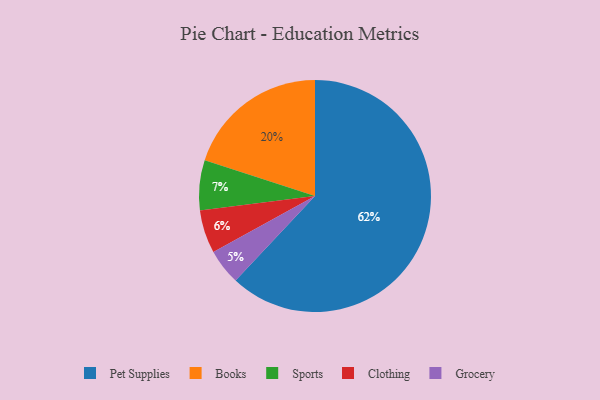
{"axis": {"x": "Category", "y": "Percentage"}, "legend": ["Books", "Clothing", "Grocery", "Pet Supplies", "Sports"], "data": [{"x": "Sports", "y": 7, "type": "Sports"}, {"x": "Clothing", "y": 6, "type": "Clothing"}, {"x": "Pet Supplies", "y": 62, "type": "Pet Supplies"}, {"x": "Grocery", "y": 5, "type": "Grocery"}, {"x": "Books", "y": 20, "type": "Books"}]}